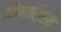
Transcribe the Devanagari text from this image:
सिनाख़िरीब्